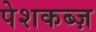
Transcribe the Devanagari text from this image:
पेशकब्ज़